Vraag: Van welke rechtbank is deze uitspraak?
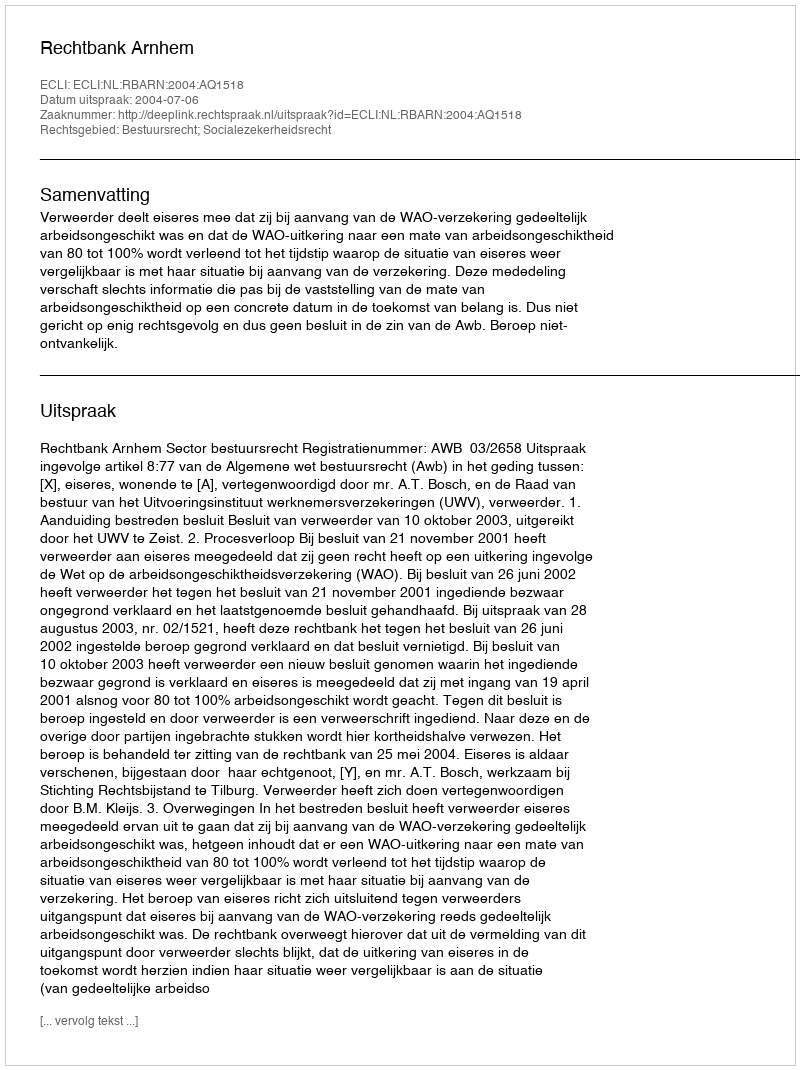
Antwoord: Rechtbank Arnhem